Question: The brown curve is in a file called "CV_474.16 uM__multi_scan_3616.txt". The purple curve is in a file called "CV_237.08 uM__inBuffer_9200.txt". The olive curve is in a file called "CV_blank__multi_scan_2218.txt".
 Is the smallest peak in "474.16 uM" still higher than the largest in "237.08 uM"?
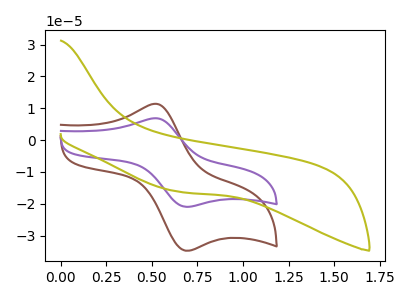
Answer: <think>The brown curve "474.16 uM" has an anodic peak at (0.50V, 11.40uA) and a cathodic peak at (0.70V, -34.75uA). The purple curve "237.08 uM" has an anodic peak at (0.50V, 6.90uA) and a cathodic peak at (0.70V, -20.95uA). The olive curve "blank" has no peaks.</think>
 <answer>Every peak in "474.16 uM" is higher than every peak in "237.08 uM".</answer>
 <eval>higher</eval>